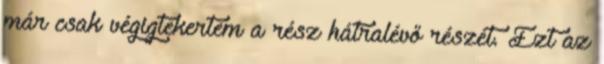
már csak végigtekertem a rész hátralévő részét. Ezt az